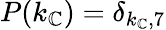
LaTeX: P(k_{\mathbb{C}})=\delta_{k_{\mathbb{C}},7}